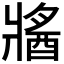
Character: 𤖕